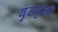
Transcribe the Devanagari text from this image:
बुडवुनी